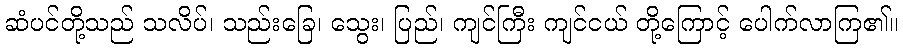
ဆံပင်တို့သည် သလိပ်၊ သည်းခြေ၊ သွေး၊ ပြည်၊ ကျင်ကြီး ကျင်ငယ် တို့ကြောင့် ပေါက်လာကြ၏။